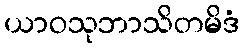
ယာဝသုဘာသိတမိဒံ